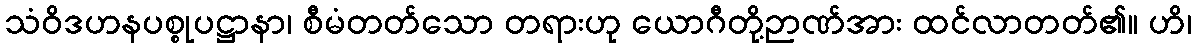
သံဝိဒဟနပစ္စုပဋ္ဌာနာ၊ စီမံတတ်သော တရားဟု ယောဂီတို့ဉာဏ်အား ထင်လာတတ်၏။ ဟိ၊